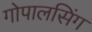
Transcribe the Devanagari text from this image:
गोपालसिंग